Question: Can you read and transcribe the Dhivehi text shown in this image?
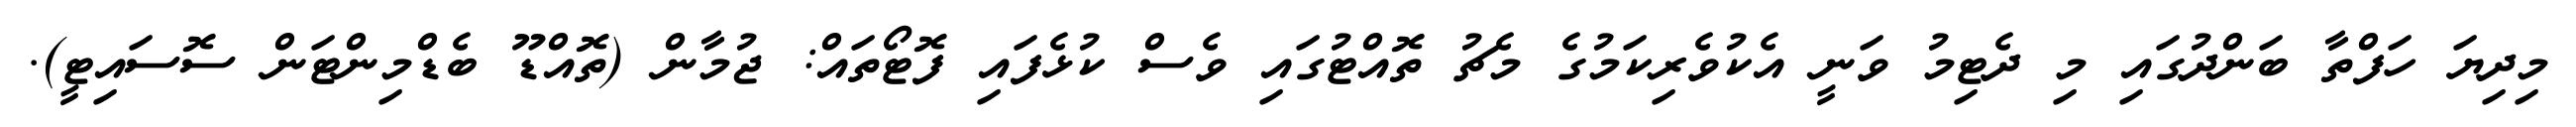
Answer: މިދިޔަ ހަފްތާ ބަންދުގައި މި ދެޓިމު ވަނީ އެކުވެރިކަމުގެ މެޗު ތޮއްޓުގައި ވެސް ކުޅެފައި ފޮޓޯތައް: ޖުމާން (ތޮއްޑޫ ބެޑްމިންޓަން ސޮސައިޓީ).